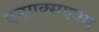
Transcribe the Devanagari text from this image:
एनएक्सएक्स